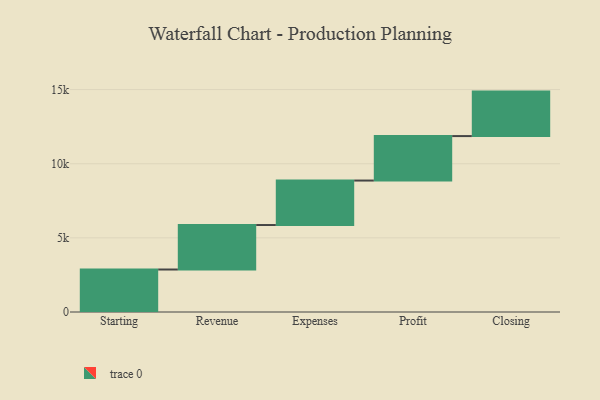
{"axis": {"x": "Step", "y": "Value"}, "legend": [""], "data": [{"x": "Starting", "y": 2866.0, "type": ""}, {"x": "Revenue", "y": 3000, "type": ""}, {"x": "Expenses", "y": 3000, "type": ""}, {"x": "Profit", "y": 3000, "type": ""}, {"x": "Closing", "y": 3000, "type": ""}]}